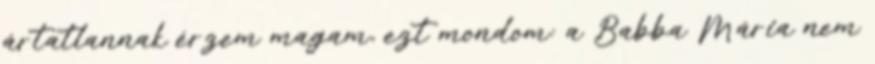
ártatlannak érzem magam, ezt mondom: a Babba Mária nem